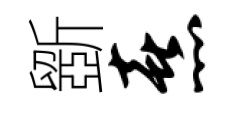
斵熹